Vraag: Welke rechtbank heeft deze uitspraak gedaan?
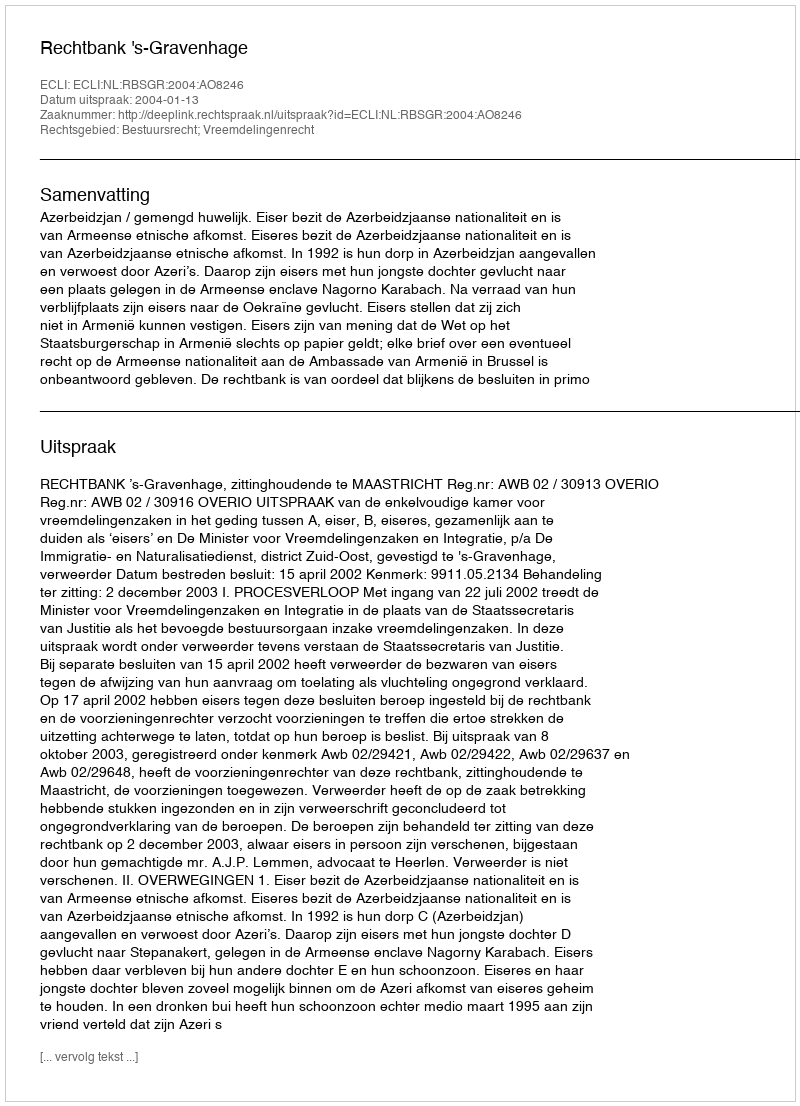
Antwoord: Rechtbank 's-Gravenhage